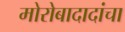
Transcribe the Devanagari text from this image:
मोरोबादादांचा